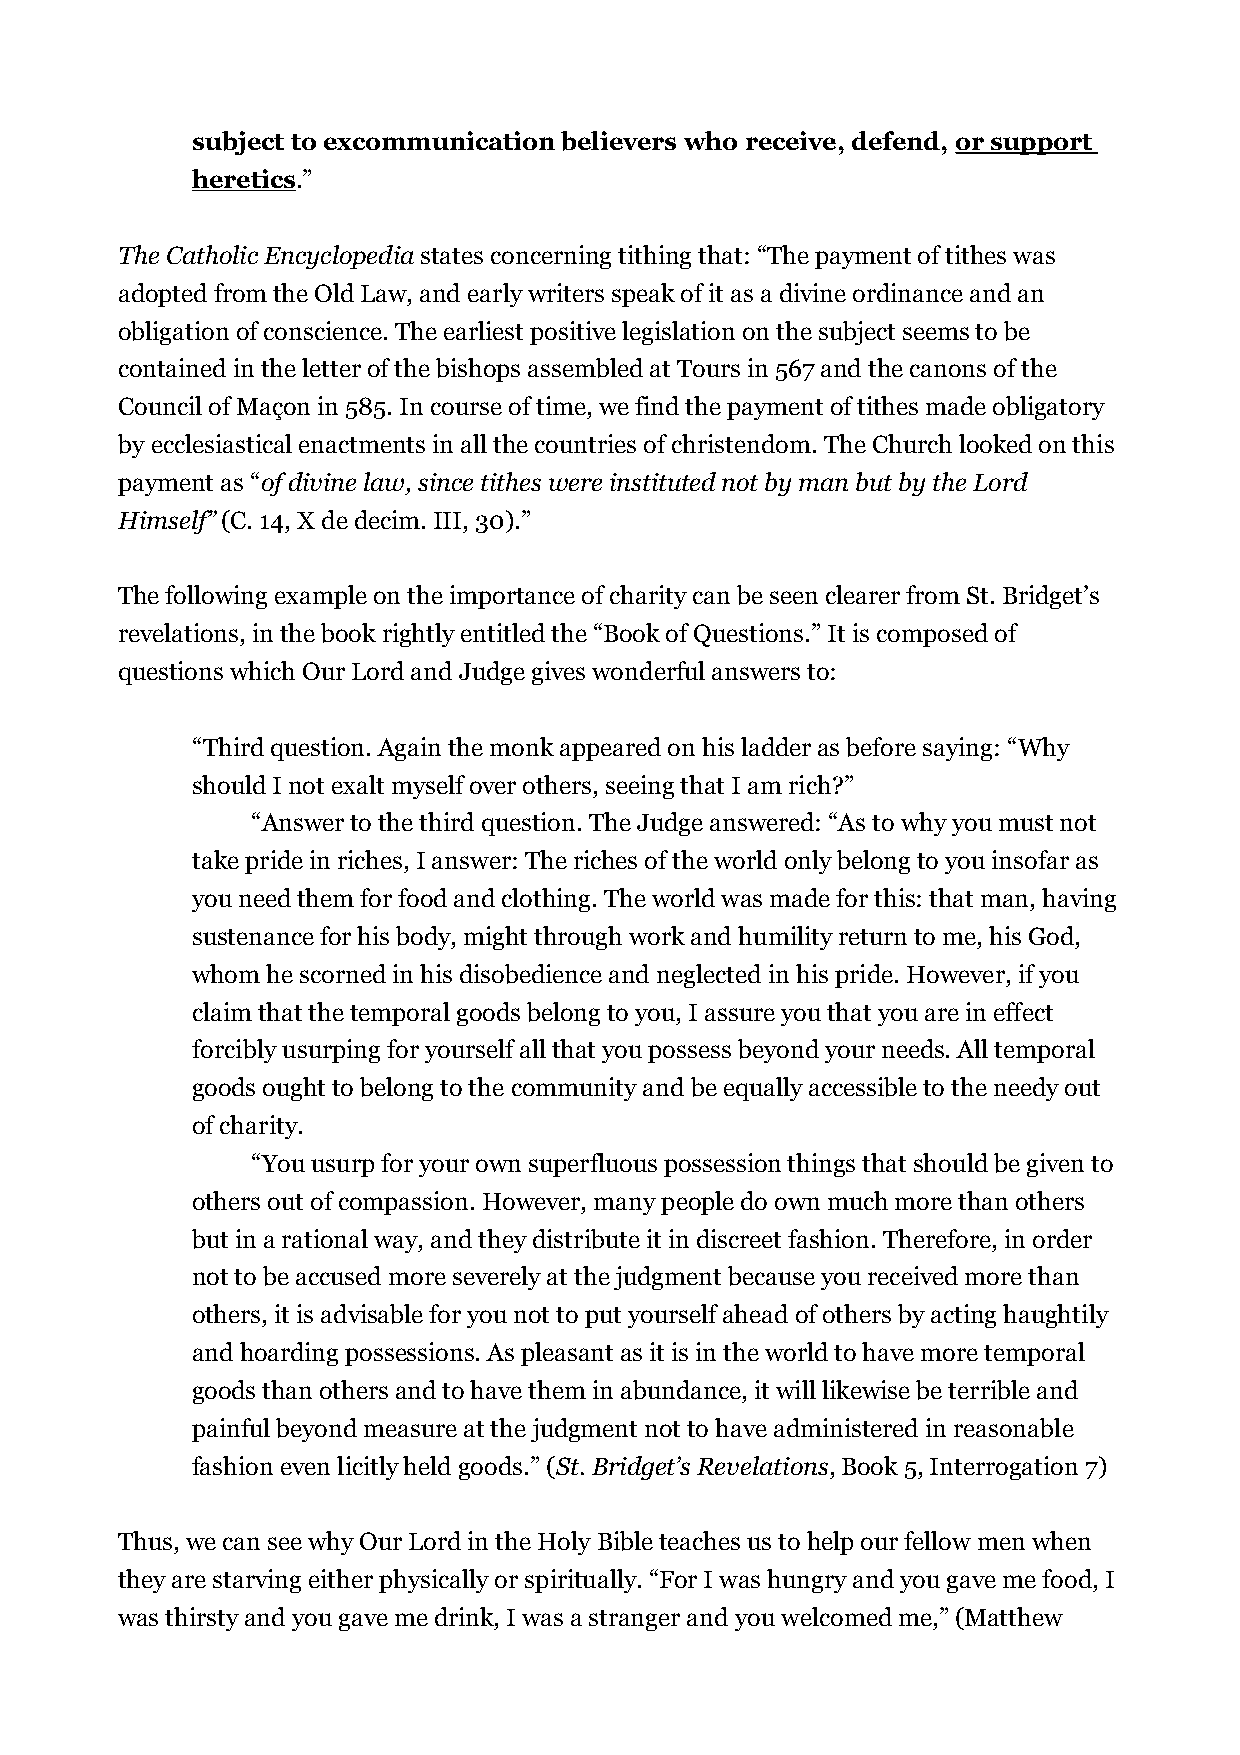
subject to excommunication believers who receive, defend, or support
 heretics.”
 The Catholic Encyclopedia states concerning tithing that: “The payment of tithes was
 adopted from the Old Law, and early writers speak of it as a divine ordinance and an
 obligation of conscience. The earliest positive legislation on the subject seems to be
 contained in the letter of the bishops assembled at Tours in 567 and the canons of the
 Council of Maçon in 585. In course of time, we find the payment of tithes made obligatory
 by ecclesiastical enactments in all the countries of christendom. The Church looked on this
 payment as “of divine law, since tithes were instituted not by man but by the Lord
 Himself” (C. 14, X de decim. III, 30).”
 The following example on the importance of charity can be seen clearer from St. Bridget’s
 revelations, in the book rightly entitled the “Book of Questions.” It is composed of
 questions which Our Lord and Judge gives wonderful answers to:
 “Third question. Again the monk appeared on his ladder as before saying: “Why
 should I not exalt myself over others, seeing that I am rich?”
 “Answer to the third question. The Judge answered: “As to why you must not
 take pride in riches, I answer: The riches of the world only belong to you insofar as
 you need them for food and clothing. The world was made for this: that man, having
 sustenance for his body, might through work and humility return to me, his God,
 whom he scorned in his disobedience and neglected in his pride. However, if you
 claim that the temporal goods belong to you, I assure you that you are in effect
 forcibly usurping for yourself all that you possess beyond your needs. All temporal
 goods ought to belong to the community and be equally accessible to the needy out
 of charity.
 “You usurp for your own superfluous possession things that should be given to
 others out of compassion. However, many people do own much more than others
 but in a rational way, and they distribute it in discreet fashion. Therefore, in order
 not to be accused more severely at the judgment because you received more than
 others, it is advisable for you not to put yourself ahead of others by acting haughtily
 and hoarding possessions. As pleasant as it is in the world to have more temporal
 goods than others and to have them in abundance, it will likewise be terrible and
 painful beyond measure at the judgment not to have administered in reasonable
 fashion even licitly held goods.” (St. Bridget’s Revelations, Book 5, Interrogation 7)
 Thus, we can see why Our Lord in the Holy Bible teaches us to help our fellow men when
 they are starving either physically or spiritually. “For I was hungry and you gave me food, I
 was thirsty and you gave me drink, I was a stranger and you welcomed me,” (Matthew